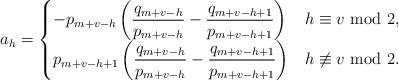
LaTeX: \begin{align*}a_{{h}} =\begin{cases}-p_{m+v-{h}}\left( \dfrac{q_{m+v-{h}}}{p_{m+v-{h}}}-\dfrac{q_{m+v-{h}+1}}{p_{m+v-{h}+1}} \right) & {h} \equiv v \ \mathrm{mod} \ 2,\\p_{m+v-{h}+1} \left( \dfrac{q_{m+v-{h}}}{p_{m+v-{h}}}-\dfrac{q_{m+v-h+1}}{p_{m+v-{h}+1}} \right) & {h} \not \equiv v \ \mathrm{mod} \ 2.\end{cases}\end{align*}